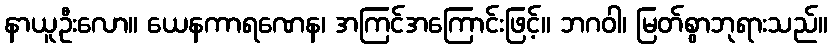
နာယူဦးလော။ ယေနကာရဏေန၊ အကြင်အကြောင်းဖြင့်။ ဘဂဝါ၊ မြတ်စွာဘုရားသည်။